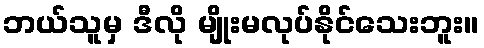
ဘယ်သူမှ ဒီလို မျိုးမလုပ်နိုင်သေးဘူး။